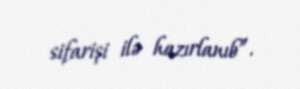
sifarişi ilə hazırlanıb”.